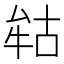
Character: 𭷢